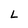
Character: L